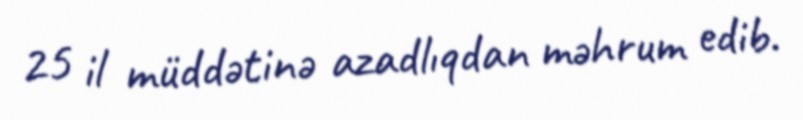
25 il müddətinə azadlıqdan məhrum edib.